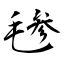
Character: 毶